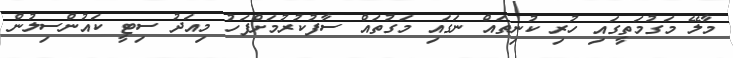
މާލޭ މަގުމަތީގައި ހުރި ކުނިތައް ނަގައި މަގުތައް ސާފުކުރުމަށްފަހު މިއަދު ސިޓީ ކައުންސިލުން